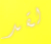
لقد